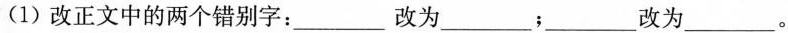
(1)改正文中的两个错别字：___改为___；___改为___。